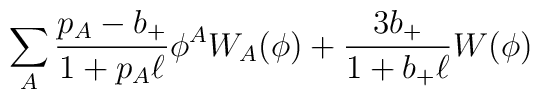
\sum_A{p_A-b_+\over1+p_A\ell}\phi^AW_A(\phi) + {3b_+\over1+b_+\ell}W(\phi)